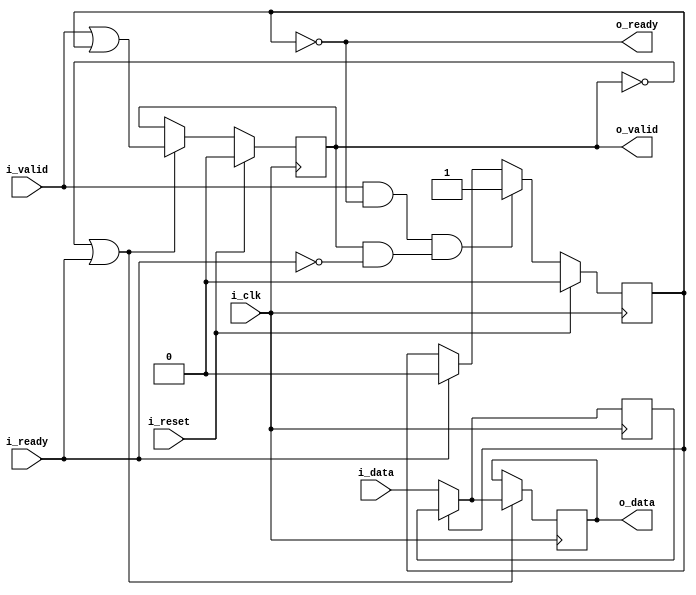
////////////////////////////////////////////////////////////////////////////////
//
// {{{
// Project:	SDIO SD-Card controller
//
// Purpose:	A basic SKID buffer.
// {{{
//	Skid buffers are required for high throughput AXI code, since the AXI
//	specification requires that all outputs be registered.  This means
//	that, if there are any stall conditions calculated, it will take a clock
//	cycle before the stall can be propagated up stream.  This means that
//	the data will need to be buffered for a cycle until the stall signal
//	can make it to the output.
//
//	Handling that buffer is the purpose of this core.
//
//	On one end of this core, you have the i_valid and i_data inputs to
//	connect to your bus interface.  There's also a registered o_ready
//	signal to signal stalls for the bus interface.
//
//	The other end of the core has the same basic interface, but it isn't
//	registered.  This allows you to interact with the bus interfaces
//	as though they were combinatorial logic, by interacting with this half
//	of the core.
//
//	If at any time the incoming !stall signal, i_ready, signals a stall,
//	the incoming data is placed into a buffer.  Internally, that buffer
//	is held in r_data with the r_valid flag used to indicate that valid
//	data is within it.
// }}}
// Parameters:
// {{{
//	DW or data width
//		In order to make this core generic, the width of the data in the
//		skid buffer is parameterized
//
//	OPT_LOWPOWER
//		Forces both o_data and r_data to zero if the respective *VALID
//		signal is also low.  While this costs extra logic, it can also
//		be used to guarantee that any unused values aren't toggling and
//		therefore unnecessarily using power.
//
//		This excess toggling can be particularly problematic if the
//		bus signals have a high fanout rate, or a long signal path
//		across an FPGA.
//
//	OPT_OUTREG
//		Causes the outputs to be registered
//
//	OPT_PASSTHROUGH
//		Turns the skid buffer into a passthrough.  Used for formal
//		verification only.
// }}}
// Creator:	Dan Gisselquist, Ph.D.
//		Gisselquist Technology, LLC
//
////////////////////////////////////////////////////////////////////////////////
// }}}
// Copyright (C) 2019-2024, Gisselquist Technology, LLC
// {{{
// This program is free software (firmware): you can redistribute it and/or
// modify it under the terms of the GNU General Public License as published
// by the Free Software Foundation, either version 3 of the License, or (at
// your option) any later version.
//
// This program is distributed in the hope that it will be useful, but WITHOUT
// ANY WARRANTY; without even the implied warranty of MERCHANTIBILITY or
// FITNESS FOR A PARTICULAR PURPOSE.  See the GNU General Public License
// for more details.
//
// You should have received a copy of the GNU General Public License along
// with this program.  (It's in the $(ROOT)/doc directory.  Run make with no
// target there if the PDF file isn't present.)  If not, see
// <http://www.gnu.org/licenses/> for a copy.
// }}}
// License:	GPL, v3, as defined and found on www.gnu.org,
// {{{
//		http://www.gnu.org/licenses/gpl.html
//
////////////////////////////////////////////////////////////////////////////////
//
//
`default_nettype none
// }}}
module skidbuffer #(
		// {{{
		parameter	[0:0]	OPT_LOWPOWER = 0,
		parameter	[0:0]	OPT_OUTREG = 1,
		//
		parameter	[0:0]	OPT_PASSTHROUGH = 0,
		parameter		DW = 8,
		parameter	[0:0]	OPT_INITIAL = 1'b1
		// }}}
	) (
		// {{{
		input	wire			i_clk, i_reset,
		input	wire			i_valid,
		output	wire			o_ready,
		input	wire	[DW-1:0]	i_data,
		output	wire			o_valid,
		input	wire			i_ready,
		output	reg	[DW-1:0]	o_data
		// }}}
	);

	wire	[DW-1:0]	w_data;

	generate if (OPT_PASSTHROUGH)
	begin : PASSTHROUGH
		// {{{
		assign	{ o_valid, o_ready } = { i_valid, i_ready };

		always @(*)
		if (!i_valid && OPT_LOWPOWER)
			o_data = 0;
		else
			o_data = i_data;

		assign	w_data = 0;

		// Keep Verilator happy
		// Verilator lint_off UNUSED
		// {{{
		wire	unused_passthrough;
		assign	unused_passthrough = &{ 1'b0, i_clk, i_reset };
		// }}}
		// Verilator lint_on  UNUSED
		// }}}
	end else begin : LOGIC
		// We'll start with skid buffer itself
		// {{{
		reg			r_valid;
		reg	[DW-1:0]	r_data;

		// r_valid
		// {{{
		initial if (OPT_INITIAL) r_valid = 0;
		always @(posedge i_clk)
		if (i_reset)
			r_valid <= 0;
		else if ((i_valid && o_ready) && (o_valid && !i_ready))
			// We have incoming data, but the output is stalled
			r_valid <= 1;
		else if (i_ready)
			r_valid <= 0;
		// }}}

		// r_data
		// {{{
		initial if (OPT_INITIAL) r_data = 0;
		always @(posedge i_clk)
		if (OPT_LOWPOWER && i_reset)
			r_data <= 0;
		else if (OPT_LOWPOWER && (!o_valid || i_ready))
			r_data <= 0;
		else if ((!OPT_LOWPOWER || !OPT_OUTREG || i_valid) && o_ready)
			r_data <= i_data;

		assign	w_data = r_data;
		// }}}

		// o_ready
		// {{{
		assign o_ready = !r_valid;
		// }}}

		//
		// And then move on to the output port
		//
		if (!OPT_OUTREG)
		begin : NET_OUTPUT
			// Outputs are combinatorially determined from inputs
			// {{{
			// o_valid
			// {{{
			assign	o_valid = !i_reset && (i_valid || r_valid);
			// }}}

			// o_data
			// {{{
			always @(*)
			if (r_valid)
				o_data = r_data;
			else if (!OPT_LOWPOWER || i_valid)
				o_data = i_data;
			else
				o_data = 0;
			// }}}
			// }}}
		end else begin : REG_OUTPUT
			// Register our outputs
			// {{{
			// o_valid
			// {{{
			reg	ro_valid;

			initial if (OPT_INITIAL) ro_valid = 0;
			always @(posedge i_clk)
			if (i_reset)
				ro_valid <= 0;
			else if (!o_valid || i_ready)
				ro_valid <= (i_valid || r_valid);

			assign	o_valid = ro_valid;
			// }}}

			// o_data
			// {{{
			initial if (OPT_INITIAL) o_data = 0;
			always @(posedge i_clk)
			if (OPT_LOWPOWER && i_reset)
				o_data <= 0;
			else if (!o_valid || i_ready)
			begin

				if (r_valid)
					o_data <= r_data;
				else if (!OPT_LOWPOWER || i_valid)
					o_data <= i_data;
				else
					o_data <= 0;
			end
			// }}}

			// }}}
		end
		// }}}
	end endgenerate

	// Keep Verilator happy
	// {{{
	// Verilator lint_off UNUSED
	wire	unused;
	assign	unused = &{ 1'b0, w_data };
	// Verilator lint_on  UNUSED
	// }}}
////////////////////////////////////////////////////////////////////////////////
////////////////////////////////////////////////////////////////////////////////
////////////////////////////////////////////////////////////////////////////////
//
// Formal properties
// {{{
////////////////////////////////////////////////////////////////////////////////
////////////////////////////////////////////////////////////////////////////////
////////////////////////////////////////////////////////////////////////////////
`ifdef	FORMAL
`ifdef	SKIDBUFFER
`define	ASSUME	assume
`else
`define	ASSUME	assert
`endif

	reg	f_past_valid;

	initial	f_past_valid = 0;
	always @(posedge i_clk)
		f_past_valid <= 1;

	always @(*)
	if (!f_past_valid)
		assume(i_reset);

	////////////////////////////////////////////////////////////////////////
	//
	// Incoming stream properties / assumptions
	// {{{
	////////////////////////////////////////////////////////////////////////
	//
	always @(posedge i_clk)
	if (!f_past_valid)
	begin
		`ASSUME(!i_valid || !OPT_INITIAL);
	end else if ($past(i_valid && !o_ready && !i_reset) && !i_reset)
		`ASSUME(i_valid && $stable(i_data));

`ifdef	VERIFIC
`define	FORMAL_VERIFIC
	// Reset properties
	property RESET_CLEARS_IVALID;
		@(posedge i_clk) i_reset |=> !i_valid;
	endproperty

	property IDATA_HELD_WHEN_NOT_READY;
		@(posedge i_clk) disable iff (i_reset)
		i_valid && !o_ready |=> i_valid && $stable(i_data);
	endproperty

`ifdef	SKIDBUFFER
	assume	property (IDATA_HELD_WHEN_NOT_READY);
`else
	assert	property (IDATA_HELD_WHEN_NOT_READY);
`endif
`endif
	// }}}
	////////////////////////////////////////////////////////////////////////
	//
	// Outgoing stream properties / assumptions
	// {{{
	////////////////////////////////////////////////////////////////////////
	//

	generate if (!OPT_PASSTHROUGH)
	begin

		always @(posedge i_clk)
		if (!f_past_valid) // || $past(i_reset))
		begin
			// Following any reset, valid must be deasserted
			assert(!o_valid || !OPT_INITIAL);
		end else if ($past(o_valid && !i_ready && !i_reset) && !i_reset)
			// Following any stall, valid must remain high and
			// data must be preserved
			assert(o_valid && $stable(o_data));

	end endgenerate
	// }}}
	////////////////////////////////////////////////////////////////////////
	//
	// Other properties
	// {{{
	////////////////////////////////////////////////////////////////////////
	//
	//
	generate if (!OPT_PASSTHROUGH)
	begin
		// Rule #1:
		//	If registered, then following any reset we should be
		//	ready for a new request
		// {{{
		always @(posedge i_clk)
		if (f_past_valid && $past(OPT_OUTREG && i_reset))
			assert(o_ready);
		// }}}

		// Rule #2:
		//	All incoming data must either go directly to the
		//	output port, or into the skid buffer
		// {{{
`ifndef	VERIFIC
		always @(posedge i_clk)
		if (f_past_valid && !$past(i_reset) && $past(i_valid && o_ready
			&& (!OPT_OUTREG || o_valid) && !i_ready))
			assert(!o_ready && w_data == $past(i_data));
`else
		assert property (@(posedge i_clk)
			disable iff (i_reset)
			(i_valid && o_ready
				&& (!OPT_OUTREG || o_valid) && !i_ready)
				|=> (!o_ready && w_data == $past(i_data)));
`endif
		// }}}

		// Rule #3:
		//	After the last transaction, o_valid should become idle
		// {{{
		if (!OPT_OUTREG)
		begin
			// {{{
			always @(posedge i_clk)
			if (f_past_valid && !$past(i_reset) && !i_reset
					&& $past(i_ready))
			begin
				assert(o_valid == i_valid);
				assert(!i_valid || (o_data == i_data));
			end
			// }}}
		end else begin
			// {{{
			always @(posedge i_clk)
			if (f_past_valid && !$past(i_reset))
			begin
				if ($past(i_valid && o_ready))
					assert(o_valid);

				if ($past(!i_valid && o_ready && i_ready))
					assert(!o_valid);
			end
			// }}}
		end
		// }}}

		// Rule #4
		//	Same thing, but this time for o_ready
		// {{{
		always @(posedge i_clk)
		if (f_past_valid && $past(!o_ready && i_ready))
			assert(o_ready);
		// }}}

		// If OPT_LOWPOWER is set, o_data and w_data both need to be
		// zero any time !o_valid or !r_valid respectively
		// {{{
		if (OPT_LOWPOWER)
		begin
			always @(*)
			if ((OPT_OUTREG || !i_reset) && !o_valid)
				assert(o_data == 0);

			always @(*)
			if (o_ready)
				assert(w_data == 0);

		end
		// }}}
	end endgenerate
	// }}}
	////////////////////////////////////////////////////////////////////////
	//
	// Cover checks
	// {{{
	////////////////////////////////////////////////////////////////////////
	//
	//
`ifdef	SKIDBUFFER
	generate if (!OPT_PASSTHROUGH)
	begin
		reg	f_changed_data;

		initial	f_changed_data = 0;
		always @(posedge i_clk)
		if (i_reset)
			f_changed_data <= 1;
		else if (i_valid && $past(!i_valid || o_ready))
		begin
			if (i_data != $past(i_data + 1))
				f_changed_data <= 0;
		end else if (!i_valid && i_data != 0)
			f_changed_data <= 0;


`ifndef	VERIFIC
		reg	[3:0]	cvr_steps, cvr_hold;

		always @(posedge i_clk)
		if (i_reset)
		begin
			cvr_steps <= 0;
			cvr_hold  <= 0;
		end else begin
			cvr_steps <= cvr_steps + 1;
			cvr_hold  <= cvr_hold  + 1;
			case(cvr_steps)
			 0: if (o_valid || i_valid)
				cvr_steps <= 0;
			 1: if (!i_valid || !i_ready)
				cvr_steps <= 0;
			 2: if (!i_valid || !i_ready)
				cvr_steps <= 0;
			 3: if (!i_valid || !i_ready)
				cvr_steps <= 0;
			 4: if (!i_valid ||  i_ready)
				cvr_steps <= 0;
			 5: if (!i_valid || !i_ready)
				cvr_steps <= 0;
			 6: if (!i_valid || !i_ready)
				cvr_steps <= 0;
			 7: if (!i_valid ||  i_ready)
				cvr_steps <= 0;
			 8: if (!i_valid ||  i_ready)
				cvr_steps <= 0;
			 9: if (!i_valid || !i_ready)
				cvr_steps <= 0;
			10: if (!i_valid || !i_ready)
				cvr_steps <= 0;
			11: if (!i_valid || !i_ready)
				cvr_steps <= 0;
			12: begin
				cvr_steps <= cvr_steps;
				cover(!o_valid && !i_valid && f_changed_data);
				if (!o_valid || !i_ready)
					cvr_steps <= 0;
				else
					cvr_hold <= cvr_hold + 1;
				end
			default: assert(0);
			endcase
		end

`else
		// Cover test
		cover property (@(posedge i_clk)
			disable iff (i_reset)
			(!o_valid && !i_valid)
			##1 i_valid &&  i_ready [*3]
			##1 i_valid && !i_ready
			##1 i_valid &&  i_ready [*2]
			##1 i_valid && !i_ready [*2]
			##1 i_valid &&  i_ready [*3]
			// Wait for the design to clear
			##1 o_valid && i_ready [*0:5]
			##1 (!o_valid && !i_valid && f_changed_data));
`endif
	end endgenerate
`endif	// SKIDBUFFER
	// }}}
`endif
// }}}
endmodule